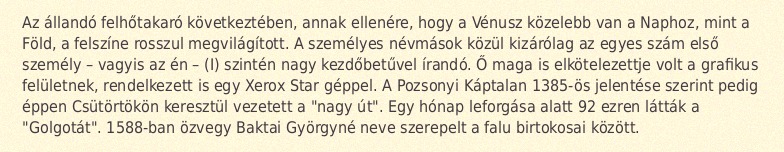
Az állandó felhőtakaró következtében, annak ellenére, hogy a Vénusz közelebb van a Naphoz, mint a Föld, a felszíne rosszul megvilágított. A személyes névmások közül kizárólag az egyes szám első személy – vagyis az én – (I) szintén nagy kezdőbetűvel írandó. Ő maga is elkötelezettje volt a grafikus felületnek, rendelkezett is egy Xerox Star géppel. A Pozsonyi Káptalan 1385-ös jelentése szerint pedig éppen Csütörtökön keresztül vezetett a "nagy út". Egy hónap leforgása alatt 92 ezren látták a "Golgotát". 1588-ban özvegy Baktai Györgyné neve szerepelt a falu birtokosai között.